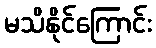
မသိနိုင်ကြောင်း